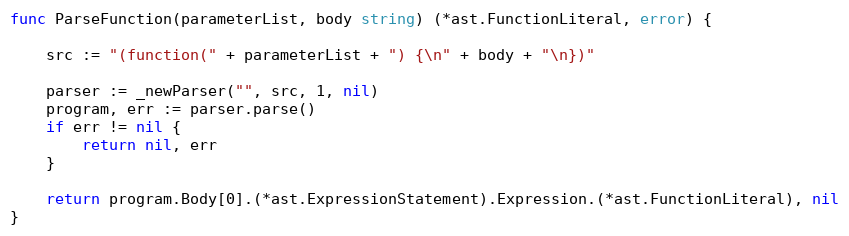
Language: Go
func ParseFunction(parameterList, body string) (*ast.FunctionLiteral, error) {

	src := "(function(" + parameterList + ") {\n" + body + "\n})"

	parser := _newParser("", src, 1, nil)
	program, err := parser.parse()
	if err != nil {
		return nil, err
	}

	return program.Body[0].(*ast.ExpressionStatement).Expression.(*ast.FunctionLiteral), nil
}